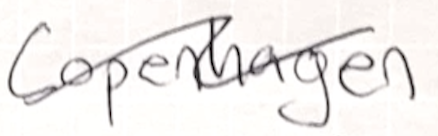
Text: Copenhagen
Cross-out: wave
Writing tool: ballpoint